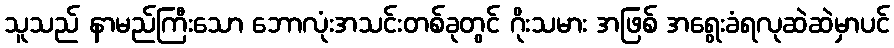
သူသည် နာမည်ကြီးသော ဘောလုံးအသင်းတစ်ခုတွင် ဂိုးသမား အဖြစ် အရွေးခံရလုဆဲဆဲမှာပင်